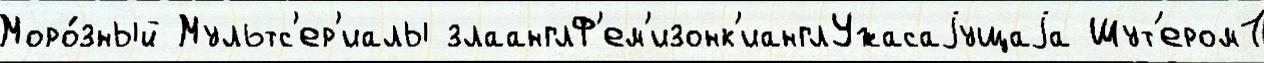
Моро́зный Мультс'ер'иалы злаанглФ'ем'изонк'ианглУжасаjущаjа Шут'ером1